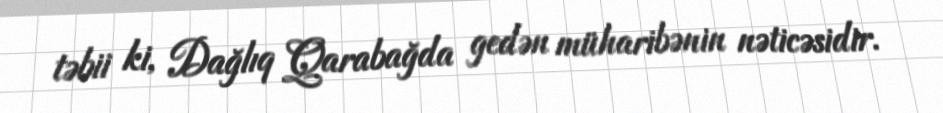
təbii ki, Dağlıq Qarabağda gedən müharibənin nəticəsidir.